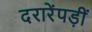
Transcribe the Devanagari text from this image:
दरारेंपड़ीं